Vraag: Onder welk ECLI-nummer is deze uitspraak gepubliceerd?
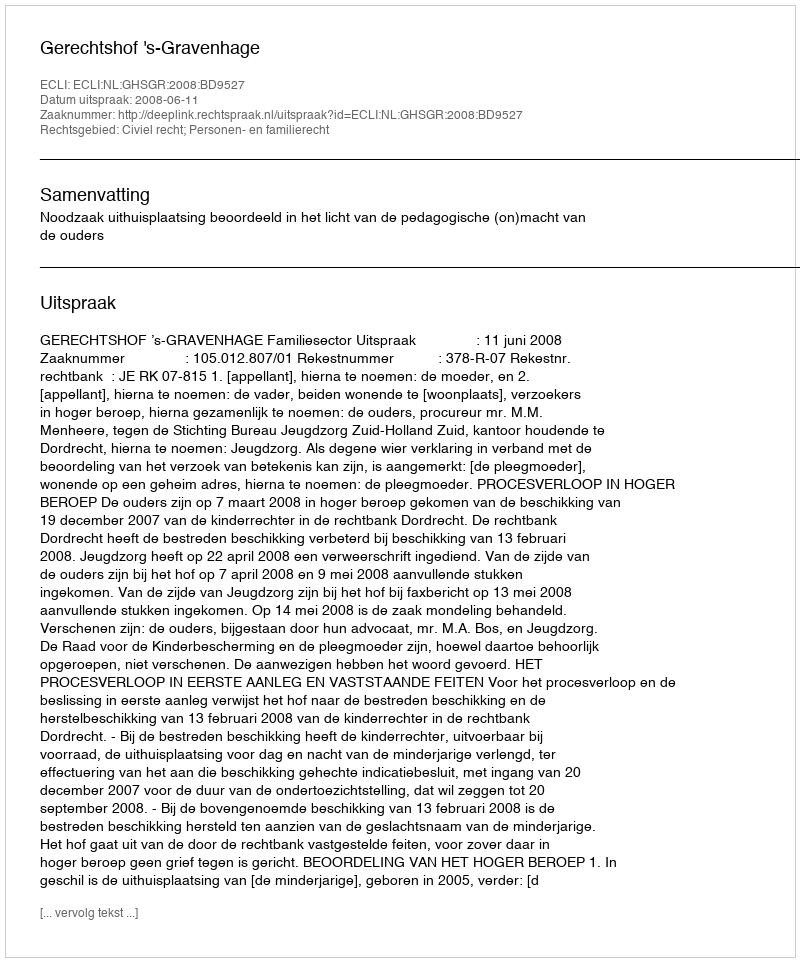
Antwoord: ECLI:NL:GHSGR:2008:BD9527